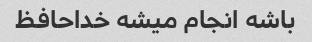
باشه انجام میشه خداحافظ